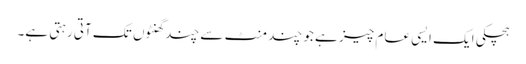
ہچکی ایک ایسی عام چیز ہے جو چند منٹ سے چند گھنٹوں تک آتی رہتی ہے۔